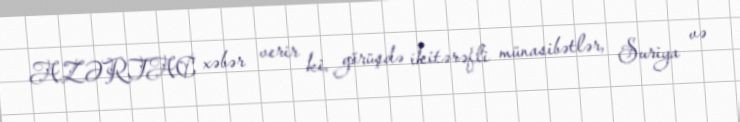
AZƏRTAC xəbər verir ki, görüşdə ikitərəfli münasibətlər, Suriya və